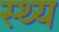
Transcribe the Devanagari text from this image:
स्थ्य